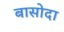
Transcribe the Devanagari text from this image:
बासोदा